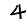
Digit: 4